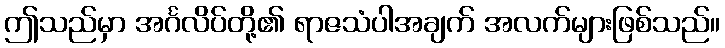
ဤသည်မှာ အင်္ဂလိပ်တို့၏ ရာဇသံပါအချက် အလက်များဖြစ်သည်။